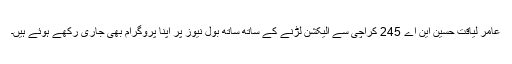
عامر لیاقت حسین این اے 245 کراچی سے الیکشن لڑنے کے ساتھ ساتھ بول نیوز پر اپنا پروگرام بھی جاری رکھے ہوئے ہیں۔